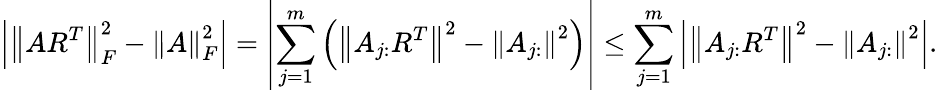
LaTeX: \left|{\left\| AR^{T}\right\| }_{F}^{2}-{\left\| A\right\| }_{F}^{2}\right|=\left|\sum_{j=1}^{m}\left({\left\| A_{j:}R^{T}\right\| }^{2}-{\left\| A_{j:}\right\| }^{2}\right)\right|\leq\sum_{j=1}^{m}\left|{\left\| A_{j:}R^{T}\right\| }^{2}-{\left\| A_{j:}\right\| }^{2}\right|.